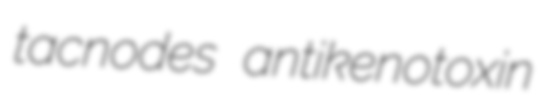
tacnodes antikenotoxin